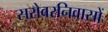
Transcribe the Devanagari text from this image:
सरोवरनिवासों